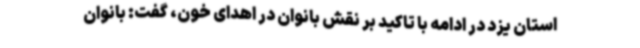
استان یزد در ادامه با تاکید بر نقش بانوان در اهدای خون، گفت: بانوان